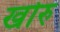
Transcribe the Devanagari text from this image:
खोरु